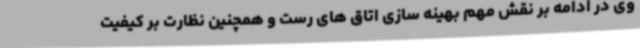
وی در ادامه بر نقش مهم بهینه سازی اتاق های رست و همچنین نظارت بر کیفیت